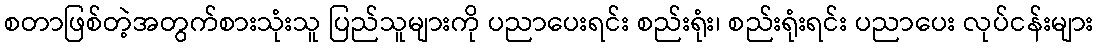
စတာဖြစ်တဲ့အတွက်စားသုံးသူ ပြည်သူများကို ပညာပေးရင်း စည်းရုံး၊ စည်းရုံးရင်း ပညာပေး လုပ်ငန်းများ